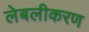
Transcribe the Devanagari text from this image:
लेबलीकरण